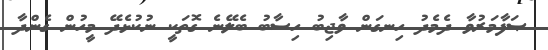
ޞަފާމަރުވާ ދެމެދު ހިނގަން ވާޖިބު ހިސާބު ބެލޭނެ ގޮތަކީ ނުކުޅެދޭ މީހުން ގެންދާ